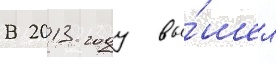
В 2013 году вы́шел